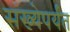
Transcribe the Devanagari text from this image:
संख्येपर्यंत